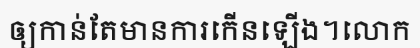
ឲ្យកាន់តែមានការកើនឡើង។លោក